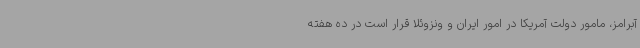
آبرامز، مامور دولت آمریکا در امور ایران و ونزوئلا قرار است در ده هفته